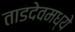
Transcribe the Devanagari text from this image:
ताडदेवमध्ये